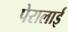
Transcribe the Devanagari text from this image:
पेरालाई